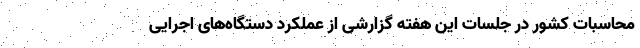
محاسبات کشور در جلسات این هفته گزارشی از عملکرد دستگاه‌های اجرایی